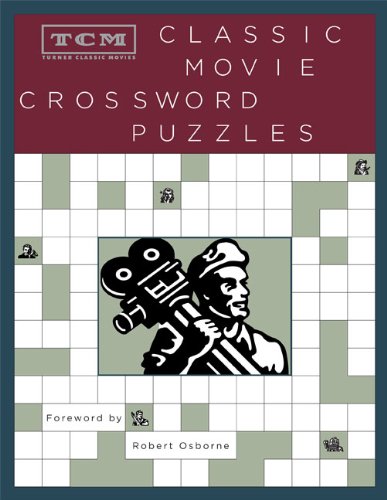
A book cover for TCM Classic Movie Crossword Puzzles (Turner Classic Movies); Turner Classic Movies; Humor & Entertainment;